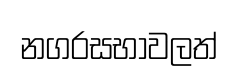
නගරසභාවලත්